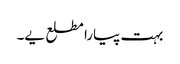
بہت پیارا مطلع یے۔